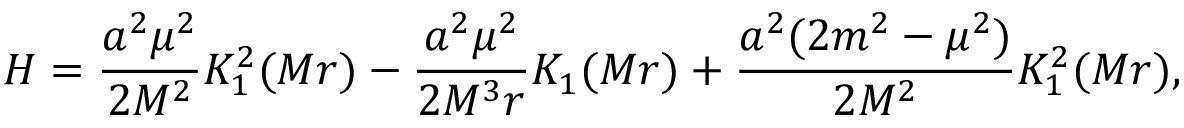
{ \cal H } = \frac { a ^ { 2 } \mu ^ { 2 } } { 2 M ^ { 2 } } K _ { 1 } ^ { 2 } ( M r ) - \frac { a ^ { 2 } \mu ^ { 2 } } { 2 M ^ { 3 } r } K _ { 1 } ( M r ) + \frac { a ^ { 2 } ( 2 m ^ { 2 } - \mu ^ { 2 } ) } { 2 M ^ { 2 } } K _ { 1 } ^ { 2 } ( M r ) ,